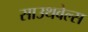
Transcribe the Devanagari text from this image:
साउथवेल्स